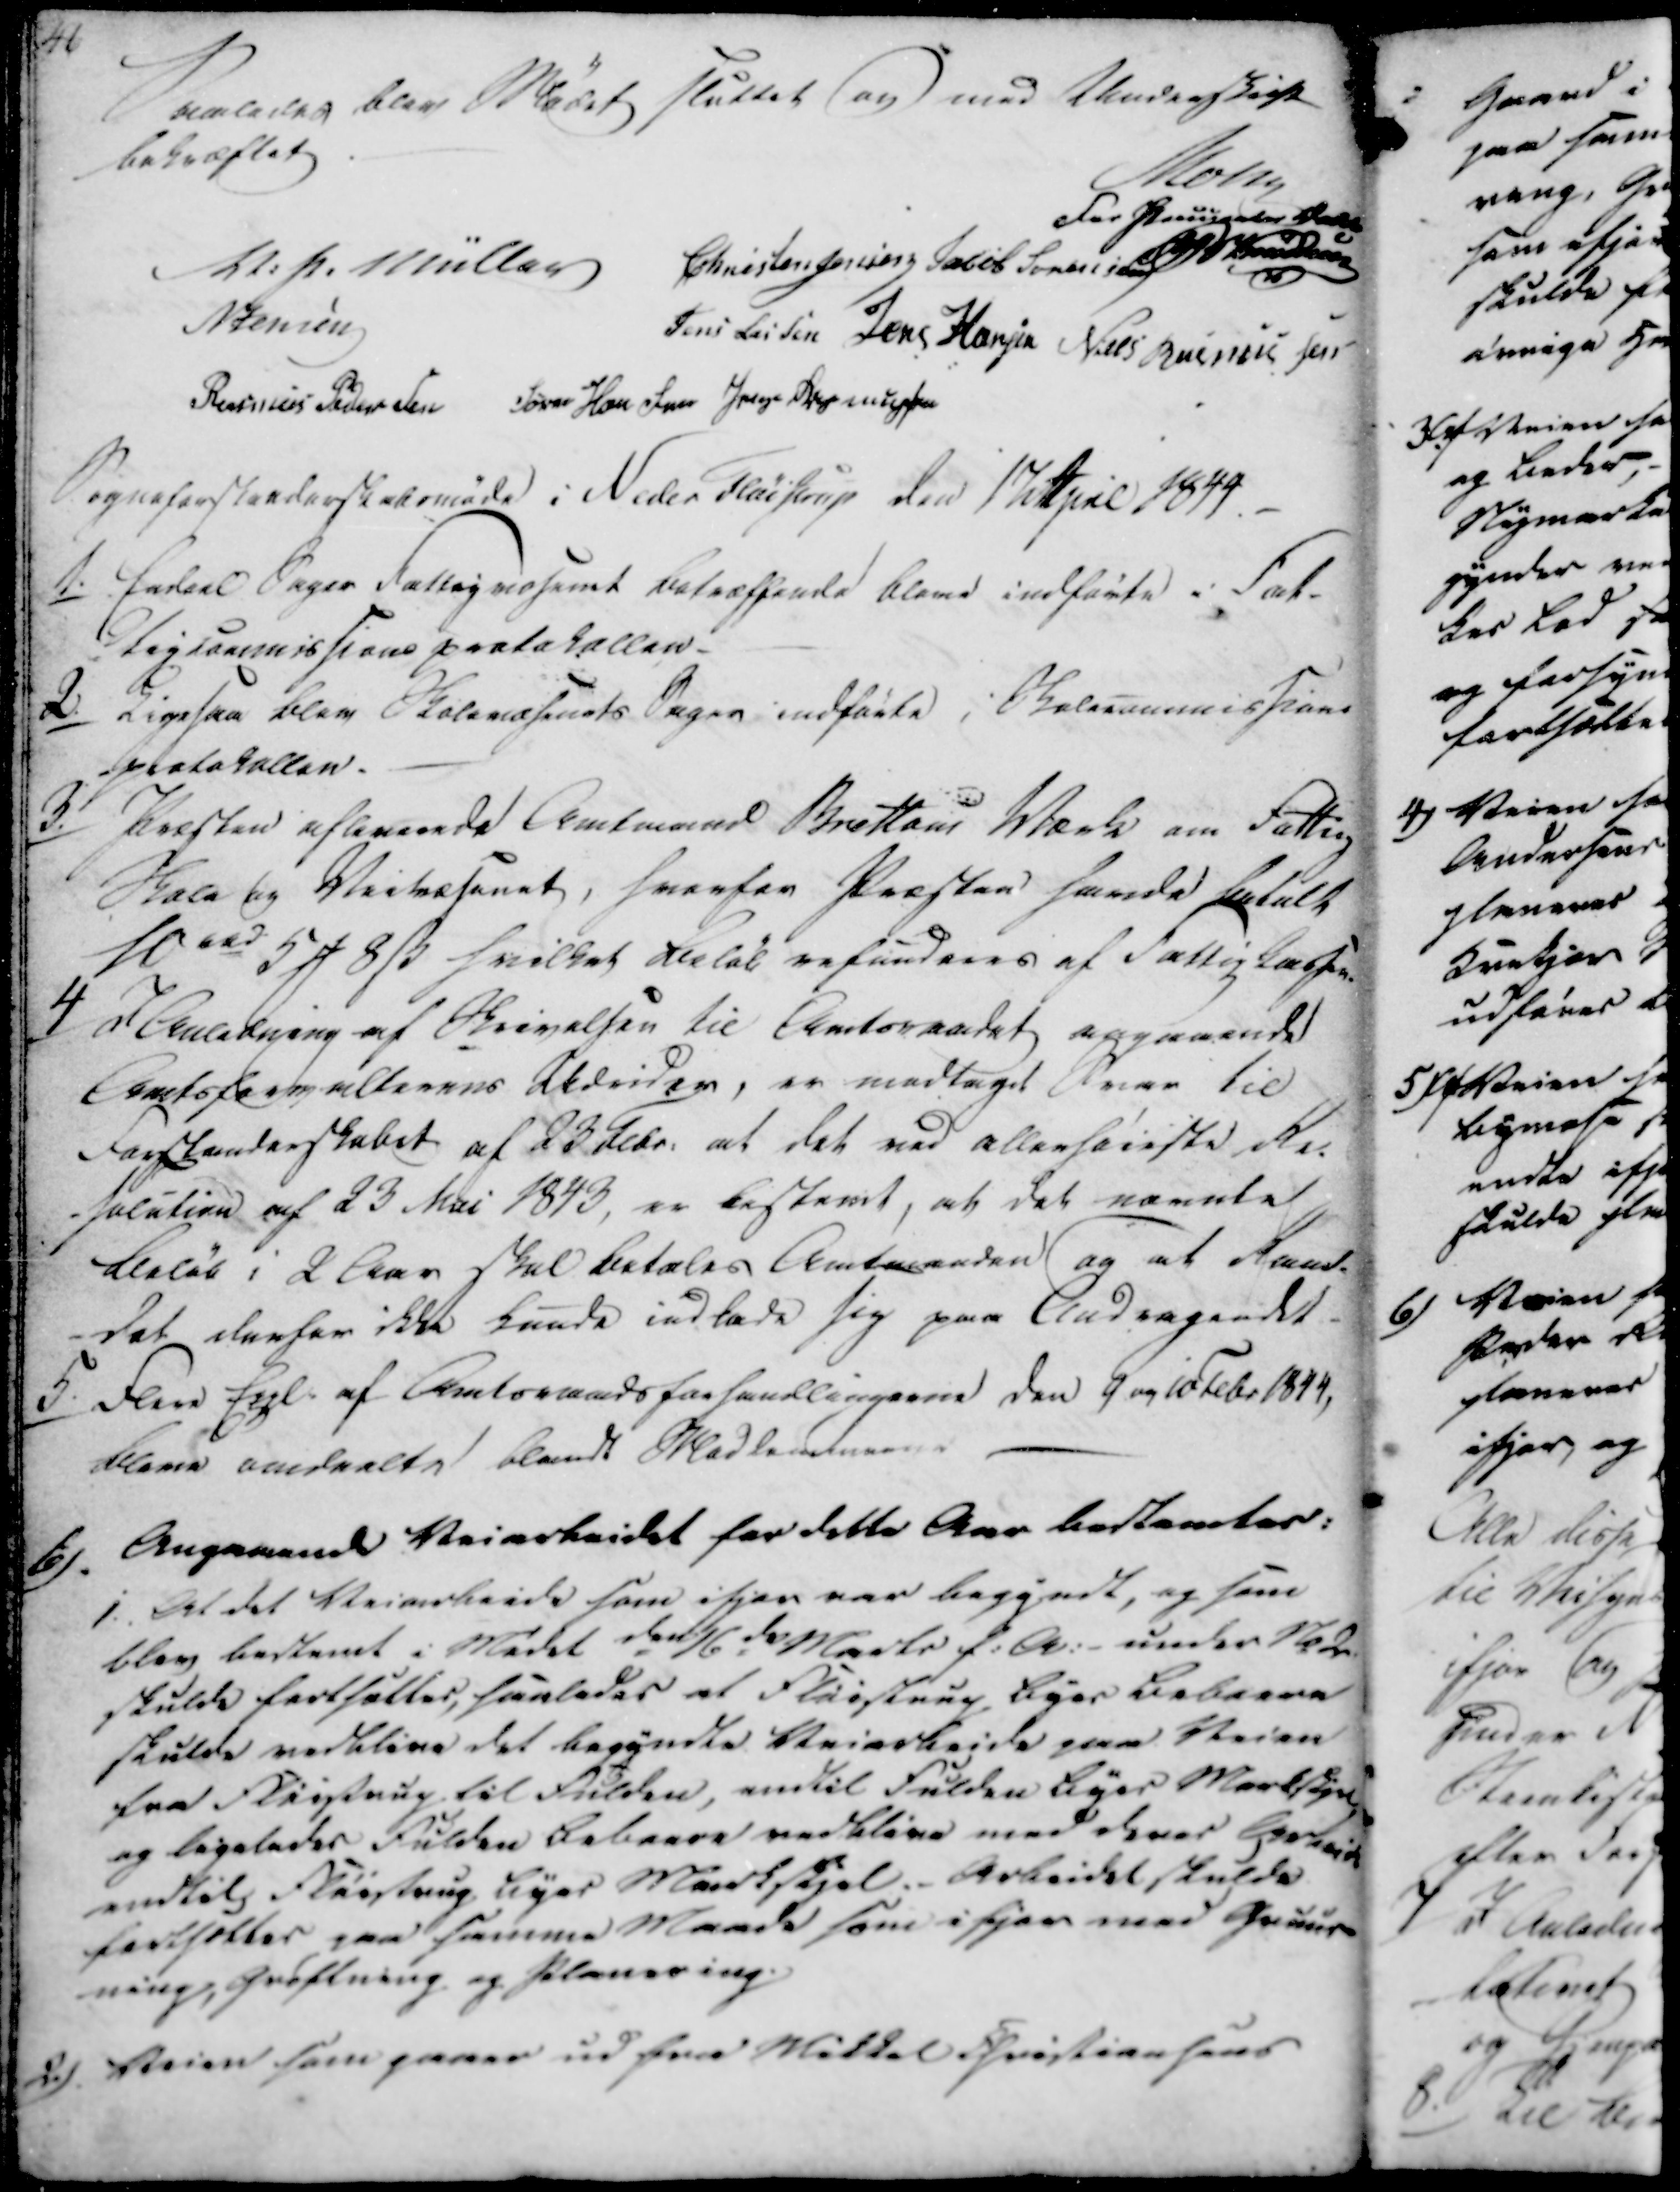
Transskription:
Saaledes blev Mødet sluttet og med Underskrift
bekræftet

Mohr
For Pauuseder Dahl
Knudsen
V. P. Müller
Christen Jensen
Jacob Sørensen
N Jensen
Jens Lassen
Jens Hansen
Niels Rasmussen
Rasmus Pedersen
Søren Hansen
Jørgen Rasmussen

Sogneforstanderskabsmøde i Neder Fløistrup den 17 April 1844.

1.

Endeel Sager Fattigvæsenet betræffende bleve indførte i Fat-
tigcommissionsprotokollen.

2.

Ligesaa blev Skolevæsenets Sager indførte i Skolecommission
-protokollen.

3./

Præsten afleverede Amtmand Brættom Værk om Fattig
Skole og Veivæsenet, hvorfor Præsten havde betalt
10 rd 5 ₻ 8 ẞ hvilket Beløb refunderes af Fattigkassen.

4/

I Anledning af Skrivelsen til Amtsraadet angaaende
Amtsforvalterens Lkdrider, er modtaget Svar til
Forstanderskabet af 23 Febr. at det ved allerhøieste Re-
-solution af 23 Mai 1843, er bestemt, at det nævnte
Beløb i 2 Aar skal betales Amtmanden og at Raad-
-det derfor ikke burde indlede sig paa Andragenet.

5.

Flere Enl. af Amtsraadsforhandlingerne den 9 og 10 Febr 1844,
bleve omdelte blandt Medlemmerne

6).

Angaaende Veiarbejdet for dette aar bestemtes:

1.
At det Veiarbeide som ifjor var begyndt, og som
blev bestemt i Mødet den 16de Marts f.A. - under Sted
skulde fortsættes, saaledes at Fløistrup Byes Beboere
skulde vedblive det begyndte Veiarbeide paa Veien
fra Fløistrup til Fulden, endtil Fulden Byes Markskjel
og ligeledes Fulden Beboere vedblive med deres Arbeide
endtil Fløistrup Byes Markskjel. - Arbeidet skulde
fortsættes paa samme Maade som ifjor med Gruus-
ning, Grøftning og Planering.

2).
Veien som gaaer udfra Mikkel Christiansens